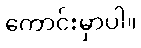
ကောင်းမှာပါ။